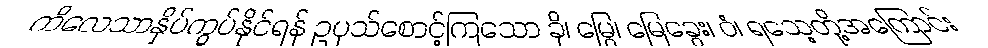
ကိလေသာနှိပ်ကွပ်နိုင်ရန် ဥပုသ်စောင့်ကြသော ခို၊ မြွေ၊ မြေခွေး၊ ဝံ၊ ရသေ့တို့အကြောင်း